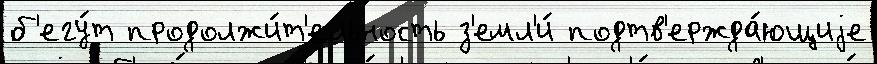
б'егу́т продолжи́т'ельность з'емл'и́ подтв'ержда́ющиjе